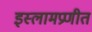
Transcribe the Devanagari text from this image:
इस्लामप्रणीत